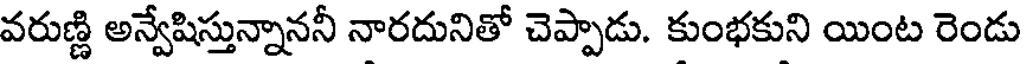
వరుణ్ణి అన్వేషిస్తున్నాననీ నారదునితో చెప్పాడు. కుంభకుని యింట రెండు